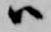
ハ